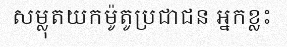
សម្លុតយកម៉ូតូប្រជាជន អ្នកខ្លះ